Annual report of the Punjab Veterinary College and of the Civil Veterinary Department, Punjab - 1909-1919
Year: 1909
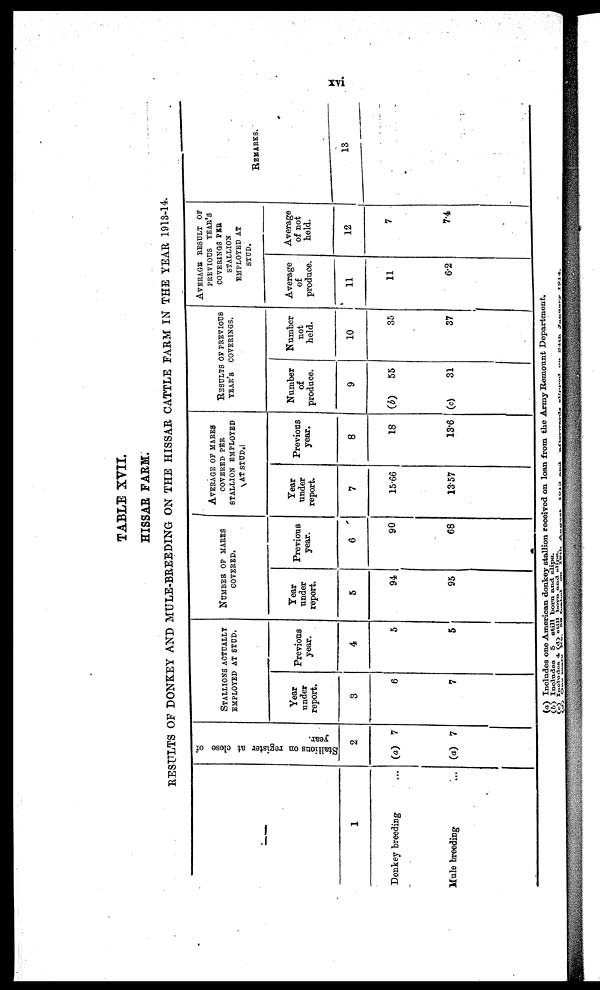
xvi
TABLE XVII.
HISSAR FARM.
RESULTS OF DONKEY AND MULE-BREEDING ON THE HISSAR CATTLE FARM IN THE YEAR 1913-14.
––
1
Donkey breeding ...
Mule breeding ...
Stallions on register at close of
year.
2
(a) 7
(a) 7
STALLIONS ACTUALLY
EMPLOYED AT STUD.
Year
under
report.
3
6
7
Previous
year.
4
5
5
NUMBER OF MARES
COVERED.
Year
under
report.
5
94
95
Previous
year.
6
90
68
AVERAGE OF MARES
COVERED PER
STALLION EMPLOYED
AT STUD.
Year
under
report.
7
15.66
13.57
Previous
year.
8
18
13.6
RESULTS OF PREVIOUS
YEAR'S COVERINGS.
Number
of
produce.
9
(b)
55
(c)
31
Number
not
held.
10
35
37
AVERAGE RESULT OF
PREVIOUS YEAR'S
COVERINGS PER
STALLION
EMPLOYED AT
STUD.
Average
of
produce.
11
11
6.2
Average
of not
held.
12
7
7.4
REMARKS.
13
(a) Includes one American donkey stallion received on loan from the Army Remount Department.
(b) Includes 5 still born and slips.
(c) Includes 4 (d) still born and slips.
(d) One mouth No. 59 foiled on 19th August 1913 and afterwards slippod on 24th January 1914.